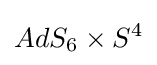
AdS_{6}\times S^{4}